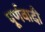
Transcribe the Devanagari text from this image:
पूर्णवादी